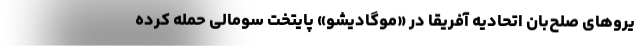
یروهای صلح‌بان اتحادیه آفریقا در «موگادیشو» پایتخت سومالی حمله کرده‌